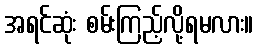
အရင်ဆုံး စမ်းကြည့်လို့ရမလား။